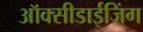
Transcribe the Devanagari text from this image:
ऑक्सीडाईजिंग